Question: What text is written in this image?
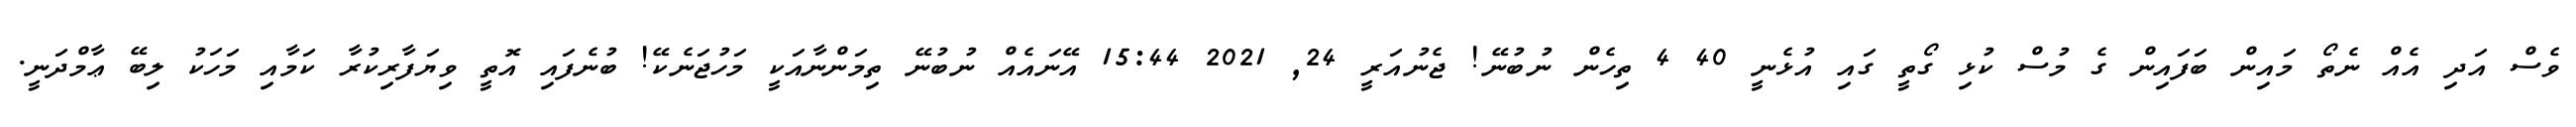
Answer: ވެސް އަދި އެއް ނެތޯ މައިން ބަފައިން ގެ މުސް ކުޅި ގޯތީ ގައި އުޅެނީ 40 4 ތިހެން ނުބުނޭ! ޖެނުއަރީ 24, 2021 15:44 އޭނައެއް ނުބުނޭ ތިމަންނާއަކީ މަހުޖަނެކޭ! ބުނެފައި އޮތީ ވިޔަފާރިކުރާ ކަމާއި މަހަކު ލިބޭ ޢާމްދަނީ.